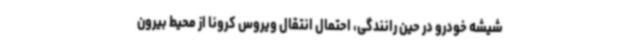
شیشه خودرو در حین رانندگی، احتمال انتقال ویروس کرونا از محیط بیرون